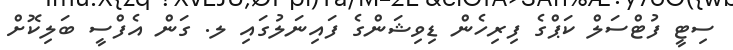
ސިޓީ ފުޓްސަލް ކަޕްގެ ފިރިހެން ޑިވިޝަންގެ ފައިނަލުގައި ލ. ގަން އެފްސީ ބަލިކޮށް